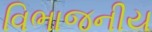
વિભાજનીય